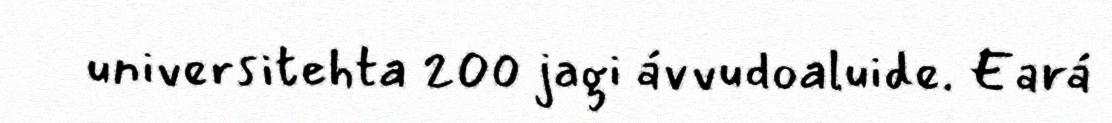
universitehta 200 jagi ávvudoaluide. Eará